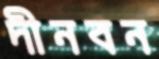
দীনবন